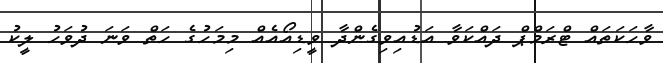
ވާހަކަތައް ޓްރަމްޕް ދައްކަވާ އަޑުއިވިގެންދާ ވީޑިއޯއެއް މިމަހުގެ ހަތް ވަނަ ދުވަހު ލީކު